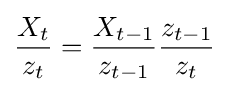
{\frac {X_{t}}{z_{t}}}={\frac {X_{t-1}}{z_{t-1}}}{\frac {z_{t-1}}{z_{t}}}